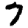
Digit: 7